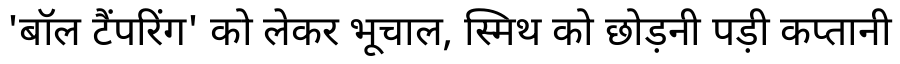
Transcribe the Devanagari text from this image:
'बॉल टैंपरिंग' को लेकर भूचाल, स्मिथ को छोड़नी पड़ी कप्तानी